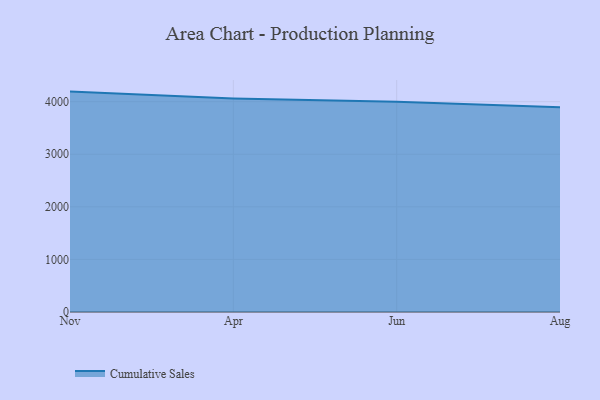
{"axis": {"x": "Month", "y": "Tickets Resolved"}, "legend": ["Cumulative Sales"], "data": [{"x": "Nov", "y": 4191.9, "type": "Cumulative Sales"}, {"x": "Apr", "y": 4062.2, "type": "Cumulative Sales"}, {"x": "Jun", "y": 3999.9, "type": "Cumulative Sales"}, {"x": "Aug", "y": 3893.2, "type": "Cumulative Sales"}]}